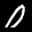
Label: 0